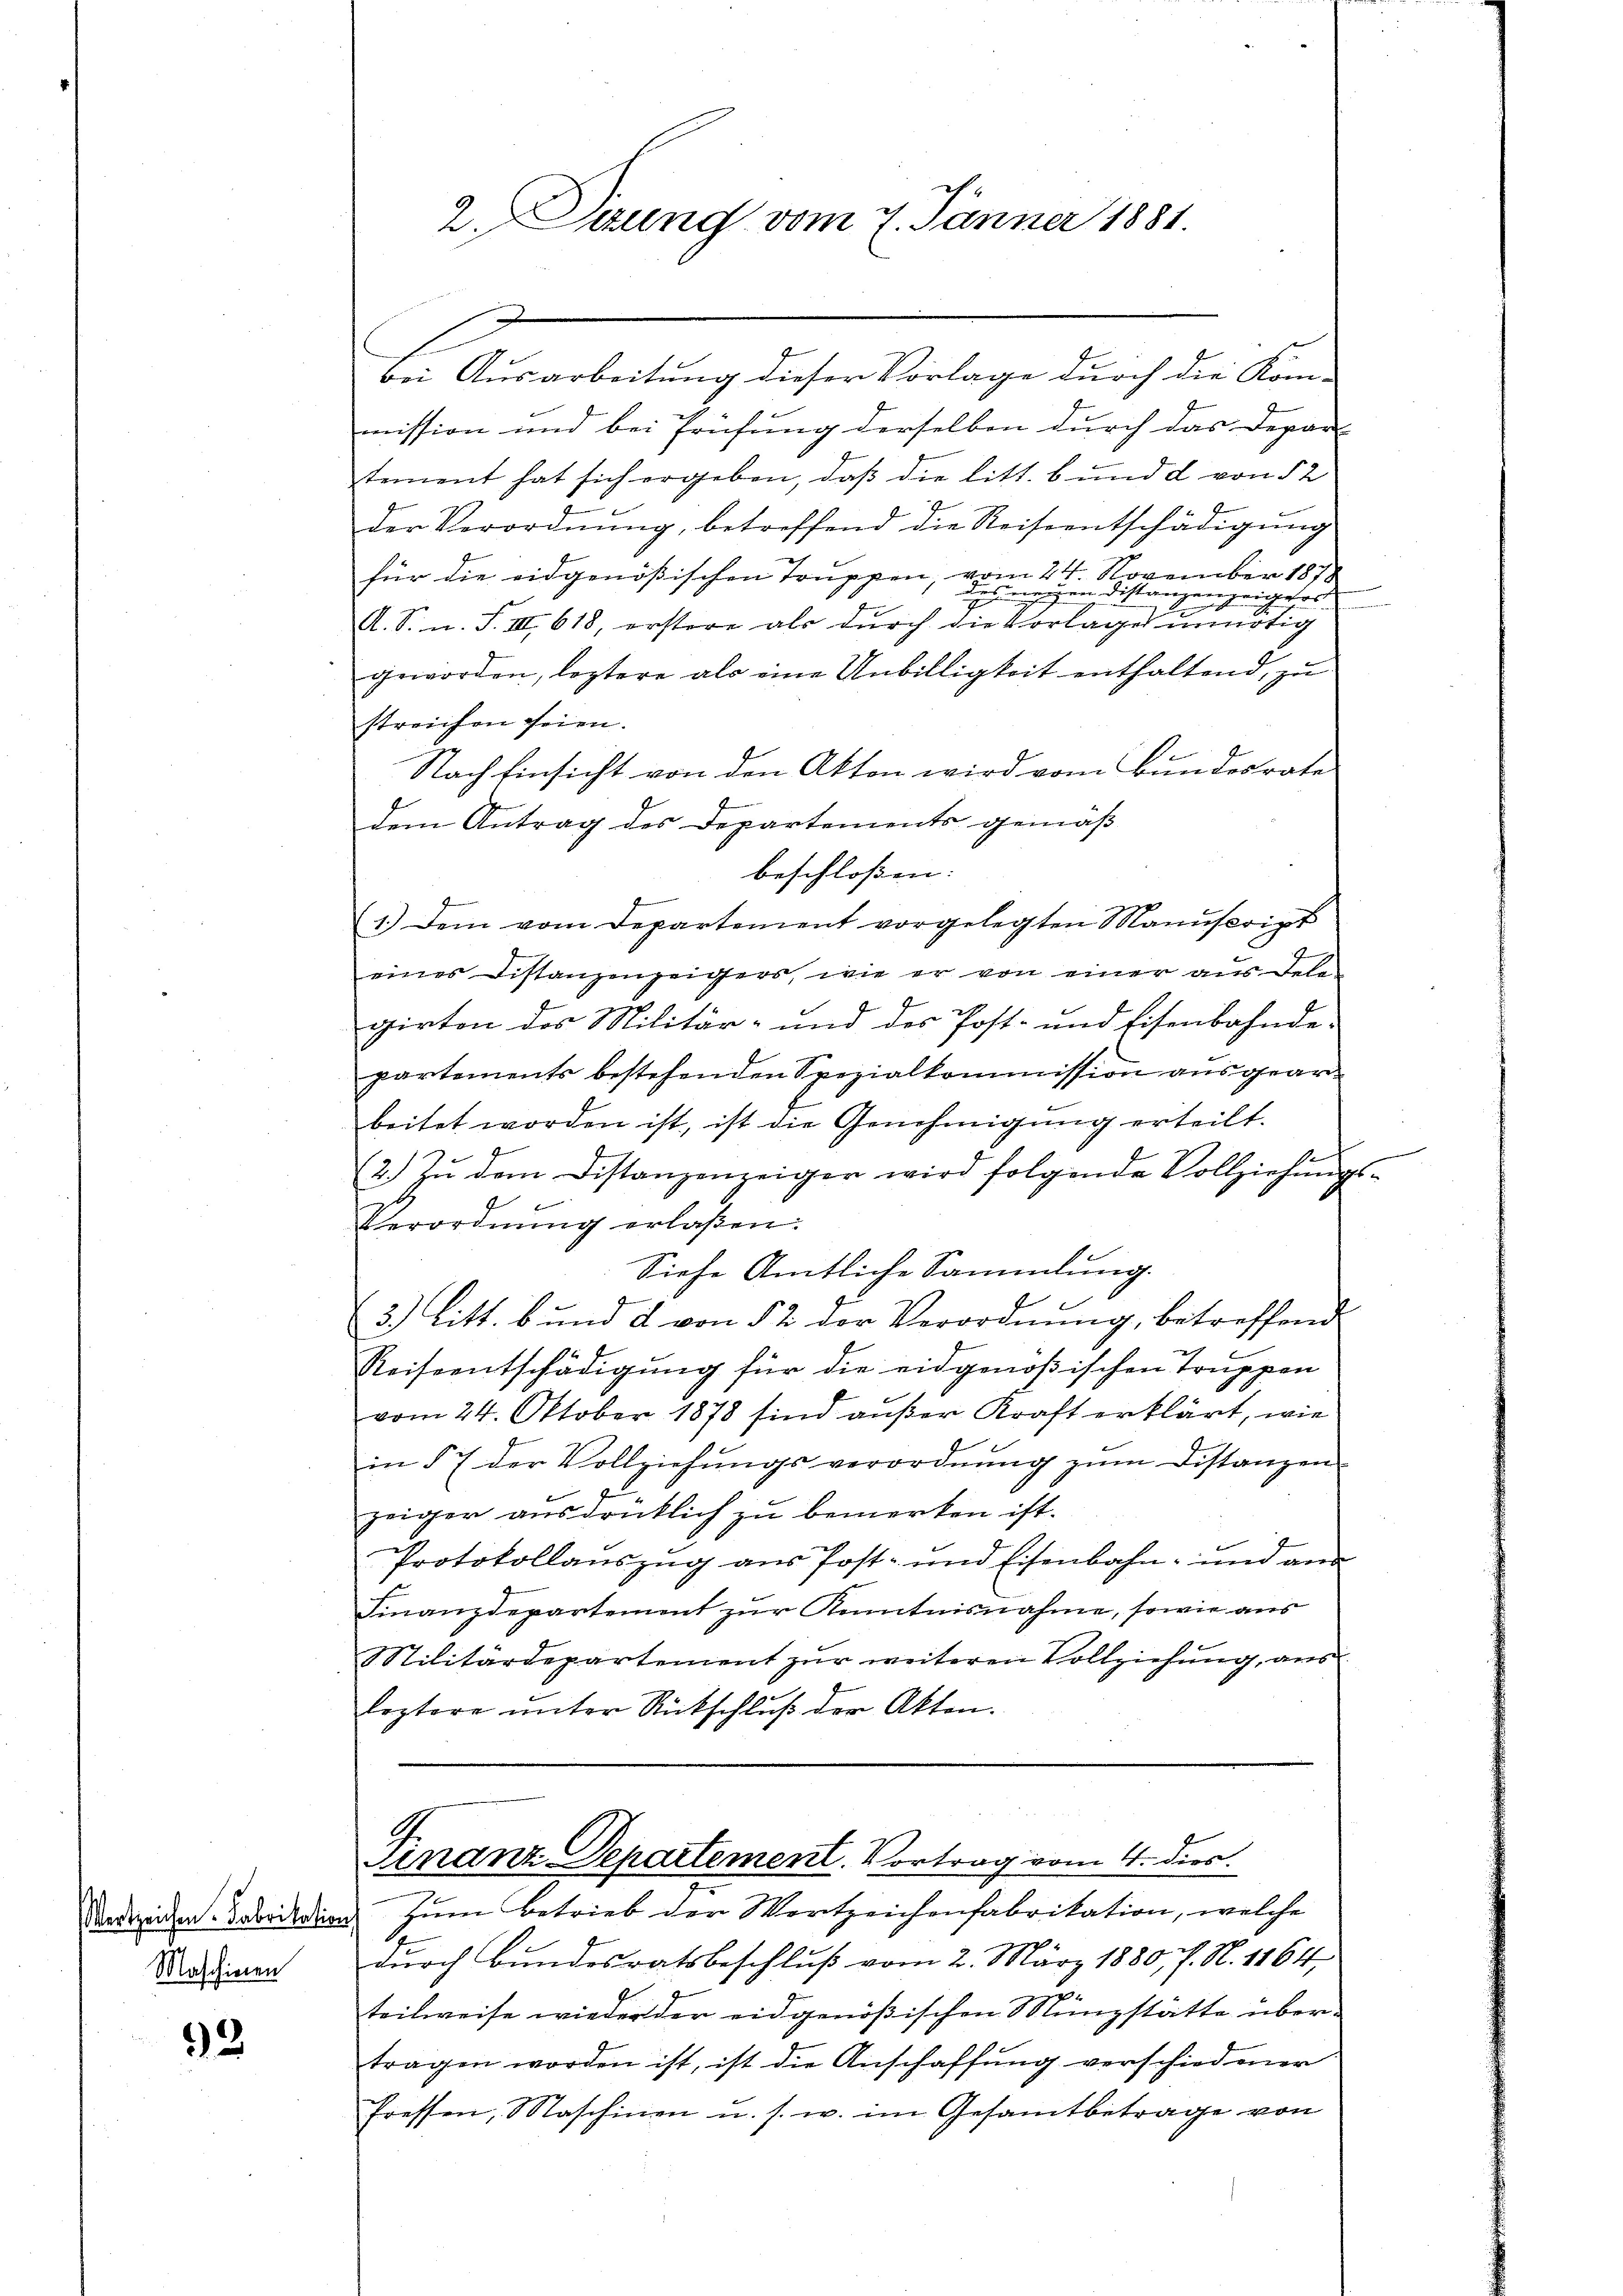
Maschienen

2

2. Teung vom 7. Jänner 1881.

bei Ausarbeitung dieser Vorlage durch die Kon-
mission und bei Prüfung derselben durch das Depar
stement hat sich ergeben, daß die litt. b und d von § 2
der Verordnŭng, betreffend die Reiseentschädigŭng
für die eidgenößischen Truppen, vom 24. November 1878
. S. n. F. II. 618, erstere aber durch die er eine einen einen seitige
geworden, leztere als eine Unbilligkeit enthaltend, zu
streichen seien.
Nach Einsicht von den Akten wird vom Bundesrate
dem Antrag des Departements gemäß
beschloßen:
1.) Dem vom Departement vorgelegten Manuscript
eines Distanzenzeigers, wie er von einer aus Tele-
girten des Militär- und des Post- und Eisenbahnde-
partements bestehenden Spezialkommission ausgear-
beitet worden ist, ist die Genehmigŭng erteilt.
(2.) Zŭ dem Distanzenzeiger wird folgende Vollziehŭngs-
Verordnŭng erlaßen:
Siehe Amtliche Sammlung.
3.) Litt. b und d von § 2 der Verordnŭng, betreffend
Reiseentschädigung für die eidgenößischen Truppen
vom 24. Oktober 1878 sind außer Kraft erklärt, wie
in § 7 der Vollziehŭngsverordnŭng zŭm Distanzen
zeiger ausdrücklich zu bemerken ist.
Protokollauszug aus Post- und Eisenbahn- und and
Finanzdepartement zur Anntnisnahme, sowie aus
Militärdepartement zur weiteren Vollziehung, aus
leztere unter Rückschluß der Akten.

Finanz-Departement. Vortrag vom 4. dies.

Sedezeiten Fabrikation zum Betrieb der Wortzeichenfabrikation, welche
durch Bundesratsbeschluß vom 2. März 1880 f. N. 1164,
s
teilweise wieder der eidgenößischen Münzstätte über-
tragen worden ist, ist die Anschaffung verschiedener
fressen, Maschinen u. s. w. im Gesamtbetrage von